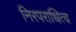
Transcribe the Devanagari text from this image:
निरपराधित्व